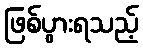
ဖြစ်ပွားရသည့်